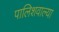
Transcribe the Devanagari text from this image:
पालिशवाल्या